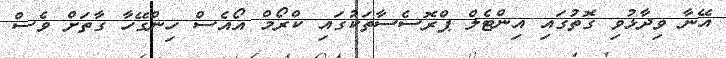
އޭނާ ވިދާޅުވި ގޮތުގައި އިންޓެލް ޕްރޮސެސާތަކުގައި ކްރޯމް އޯއެސް ހިންގޭހާ ގާތަށް ވެސް